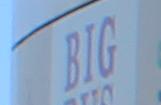
big